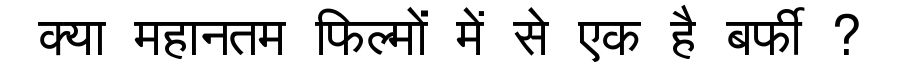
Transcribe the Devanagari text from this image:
क्या महानतम फिल्मों में से एक है बर्फी ?